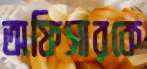
অফিসারকে